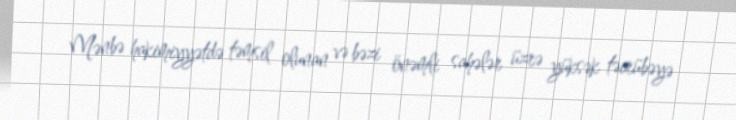
Mənbə hakimiyyətdə təmsil olunan və bəzi önəmli sahələr üzrə yüksək təcrübəyə